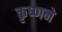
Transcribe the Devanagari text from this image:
कृष्‍णने